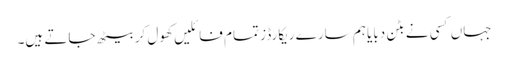
جہاں کسی نے بٹن دبایا ہم سارے ریکارڈز تمام فائلیں کھول کر بیٹھ جاتے ہیں۔